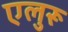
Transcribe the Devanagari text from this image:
एलुरू